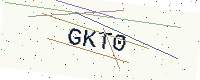
Text: GKT0